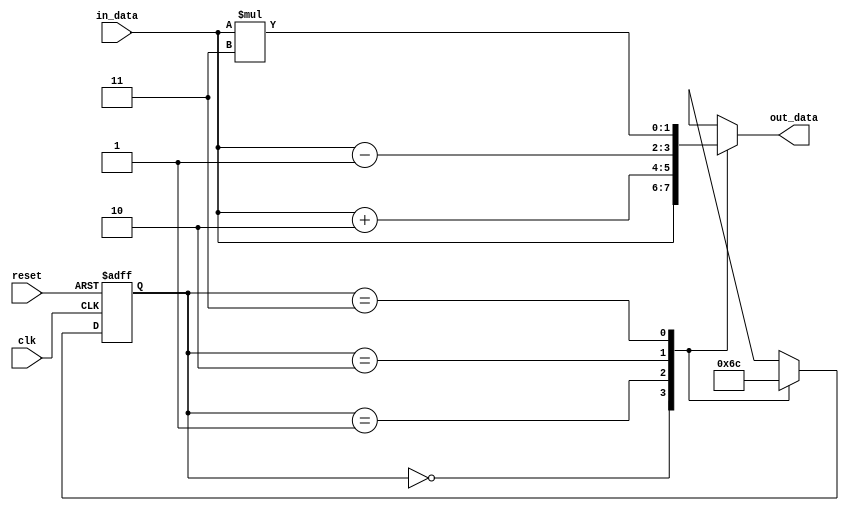
module TwoDimFSM (
  input wire clk,
  input wire reset,
  input wire [1:0] in_data,
  output reg [1:0] out_data
);

// Define states
parameter STATE_A = 2'b00;
parameter STATE_B = 2'b01;
parameter STATE_C = 2'b10;
parameter STATE_D = 2'b11;

// Define state register
reg [1:0] state_reg, next_state;

// State transition logic
always @ (posedge clk or posedge reset) begin
  if (reset) begin
    state_reg <= STATE_A;
  end else begin
    state_reg <= next_state;
  end
end

// Output logic
always @ (*) begin
  case (state_reg)
    STATE_A: begin
      out_data = in_data; // Output data same as input data in state A
      next_state = STATE_B;
    end
    STATE_B: begin
      out_data = in_data + 2; // Output data is input data + 2 in state B
      next_state = STATE_C;
    end
    STATE_C: begin
      out_data = in_data - 1; // Output data is input data - 1 in state C
      next_state = STATE_D;
    end
    STATE_D: begin
      out_data = in_data * 3; // Output data is input data multiplied by 3 in state D
      next_state = STATE_A;
    end
  endcase
end

endmodule